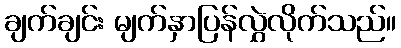
ချက်ချင်း မျက်နှာပြန်လွှဲလိုက်သည်။